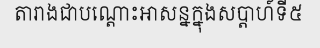
តារាងជាបណ្តោះអាសន្នក្នុងសប្តាហ៍ទី៥